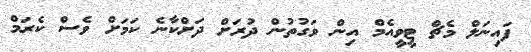
ފައިނަލް މެޗް ޓީވީއެމް އިން ވަގުތުން ދުރަށް ދަށްކާނެ ކަމަށް ވެސް ކެރަމް